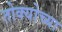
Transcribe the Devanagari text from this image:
तोक्योच्या